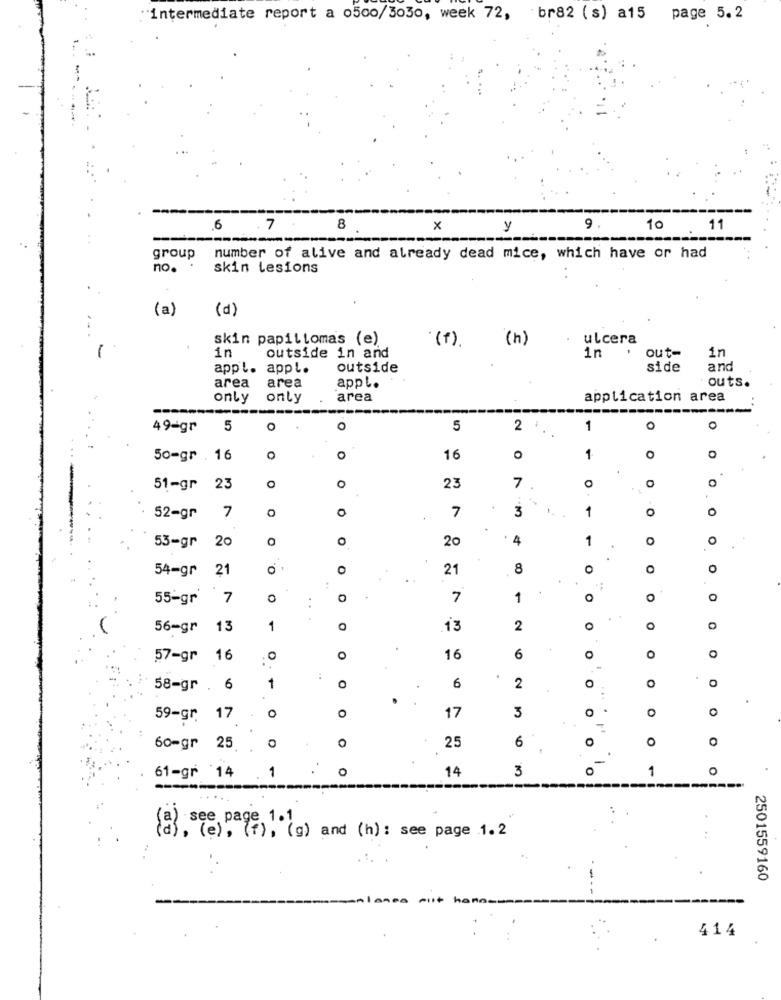
"intermediate report a 0500/3030, week 72, br82 (s) a15 page 5.2
6
.7
8
×
y
9
10
11
group
number of alive and already dead mice, which have or had
no.
skin lesions
(a)
(d)
skin papillomas (e)
ulcera
in
( f). ( h)
in
outside in and
in
out-
appl. appl.
outside
side
and
area
area
appl.
outs.
only
only
area
application area
49-gr 5
O
5
2 '
1
0
0
0
50-gr . 16
O
0
16
1
O
0
7
0
51-gr 23
23
. ..
52-gr
7
O
0
7
3
1
0
0
.
20
20
.
4
1
O
0
53-gr
.
.
54-gr
21
21
8
0
55-gr
7
. .
0
7
1
O
O
56-gr
13
1
13
2
0
57-gr
16
0
O
16
6
O
O
2
0
O
58-gr . 6
1
6
.
o
3
O
59-gr
17
O
17
0
6
O
O
O
60-gr 25 ..
25
-
o
14
3
1
O
61-gr '14
1
·"(e), (f), (g) and (h) : see page 1.2
2501559160
414